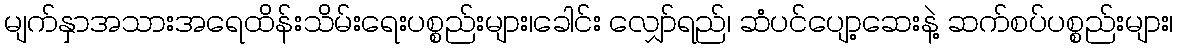
မျက်နှာအသားအရေထိန်းသိမ်းရေးပစ္စည်းများ၊ခေါင်း လျှော်ရည်၊ ဆံပင်ပျော့ဆေးနဲ့ ဆက်စပ်ပစ္စည်းများ၊